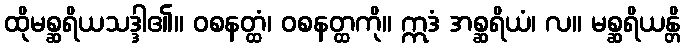
ထိုမစ္ဆရိယသဒ္ဒါ၏။ ဝစနတ္ထံ၊ ဝစနတ္ထကို။ ဣဒံ အစ္ဆရိယံ၊ လ။ မစ္ဆရိယန္တိ